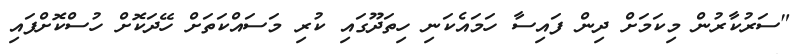
"ސަރުކާރުން މިކަމަށް ދިން ފައިސާ ހަމައެކަނި ހިތަދޫގައި ކުރި މަސައްކަތަށް ހޭދަކޮށް ހުސްކޮށްފައި